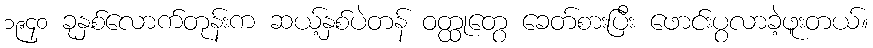
၁၉၄၀ ခုနှစ်လောက်တုန်းက ဆယ့်နှစ်ပဲတန် ဝတ္ထုတွေ ခေတ်စားပြီး ဖောင်းပွလာခဲ့ဖူးတယ်။